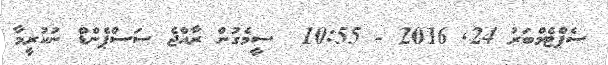
ސެޕްޓެމްބަރު 24